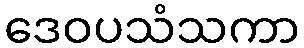
ဒေဝပသံသကာ